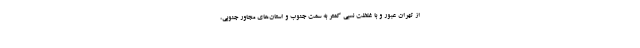
از تهران عبور و با غلظت نسبی کمتر به سمت جنوب و استان‌های مجاور جنوبی،